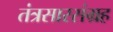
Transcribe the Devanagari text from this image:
तंत्रसारसंग्रह